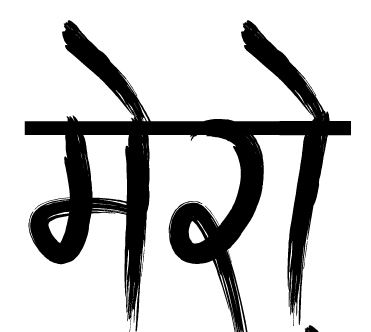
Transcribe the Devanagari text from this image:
मेरो